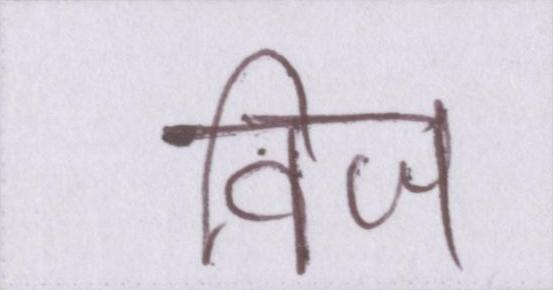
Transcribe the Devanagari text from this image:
विज